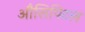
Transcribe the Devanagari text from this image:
औसिपिटल